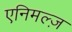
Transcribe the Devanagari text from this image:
एनिमल्ज़